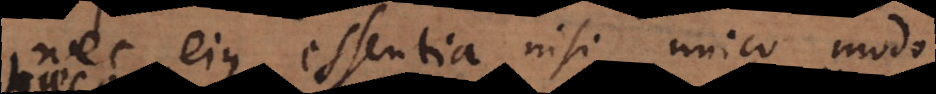
nec eius essentia nisi unico modo